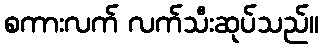
စကားလက် လက်သီးဆုပ်သည်။